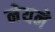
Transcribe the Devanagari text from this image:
नेयने